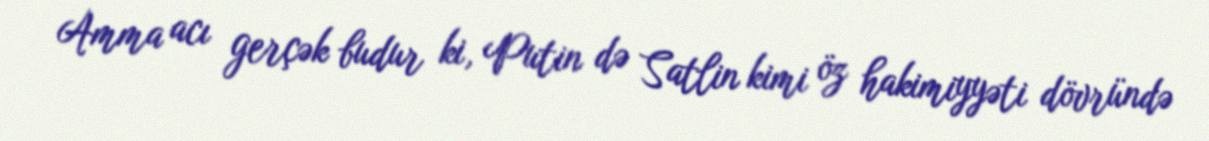
Amma acı gerçək budur ki, Putin də Satlin kimi öz hakimiyyəti dövründə